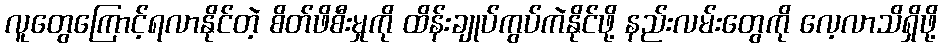
လူတွေကြောင့်ရလာနိုင်တဲ့ စိတ်ဖိစီးမှုကို ထိန်းချုပ်ကွပ်ကဲနိုင်ဖို့ နည်းလမ်းတွေကို လေ့လာသိရှိဖို့